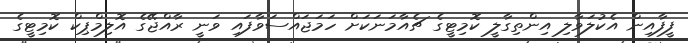
ފީފާއިން އެކުލަވާލި އިންތިގާލީ ކޮމިޓީގެ ޗެއާމަނަކަށް ހަމަޖައްސަވާފައި ވަނީ ރާއްޖޭގެ އޮލިމްޕިކް ކޮމިޓީގެ